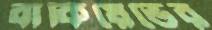
বাকিয়েভের